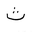
Letter: _tha